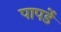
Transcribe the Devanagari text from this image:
पापर्डे